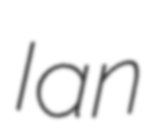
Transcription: Ian